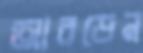
আরডেন